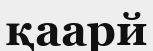
қаарй